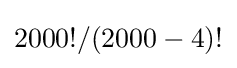
2000!/(2000-4)!